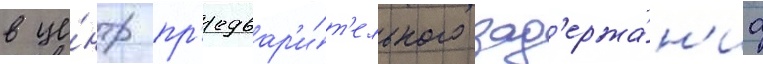
в це́нтр пр'едвар'и́т'ельного зад'ержа́н'иа